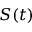
S ( t )